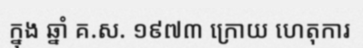
ក្នុង ឆ្នាំ គ.ស. ១៩៧៣ ក្រោយ ហេតុការ